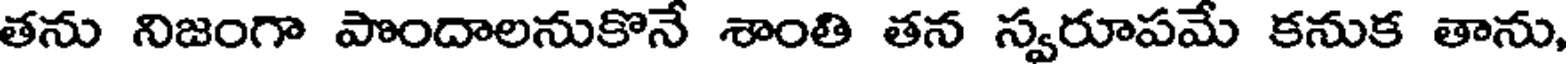
తను నిజంగా పొందాలనుకొనే శాంతి తన స్వరూపమే కనుక తాను,